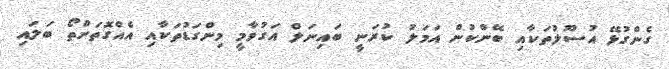
ގެންގުޅޭ އުސޫލުތަކާއި ބޭންކުން އަމަލު ކުރަނީ ބައިނަލް އަގުވާމީ މިންގަޑުތަކާއި އެއްގޮަތަށްތޯ ބަަލައި